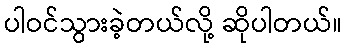
ပါဝင်သွားခဲ့တယ်လို့ ဆိုပါတယ်။